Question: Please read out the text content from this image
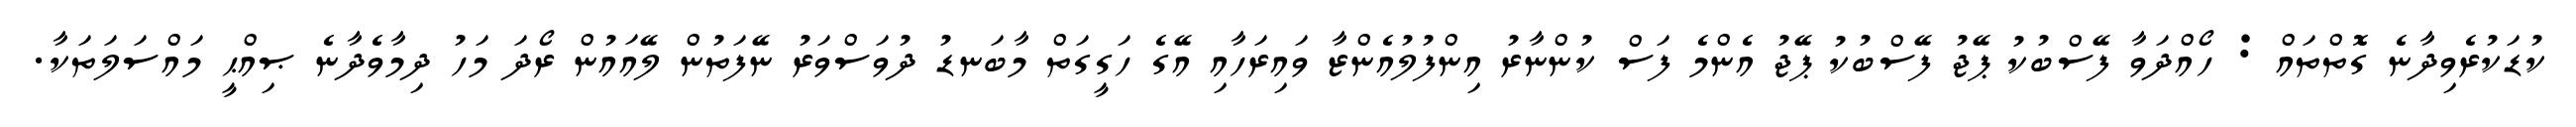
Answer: ކުޑަކުރެވިދާނެ ގޮތްތައް : ހޯއްދަވާ ފޭސްބުކު ޕޭޖު ފޭސްބުކު ޕޭޖު އެންމެ ފަސް ކުންނާރު އިންފުލުއެންޒާ ވައިރަހާއި އޭގެ ހަގީގަތް މާބަނޑު ދުވަސްވަރު ނޭފަތުން ލޭއައުން ރޯދަ މަހު ދިމާވެދާނެ ޞިއްޙީ މައްސަލަތަކާ.